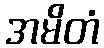
အမိတံ